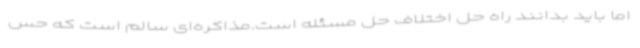
اما باید بدانند راه حل اختلاف حل مسئله است.مذاکره‌ای سالم است که حس